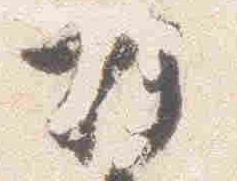
折